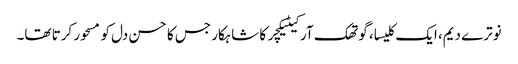
نوترے دیم، ایک کلیسا، گوتھک آرکیٹیکچر کا شاہکار جس کا حسن دل کو مسحور کرتا تھا۔